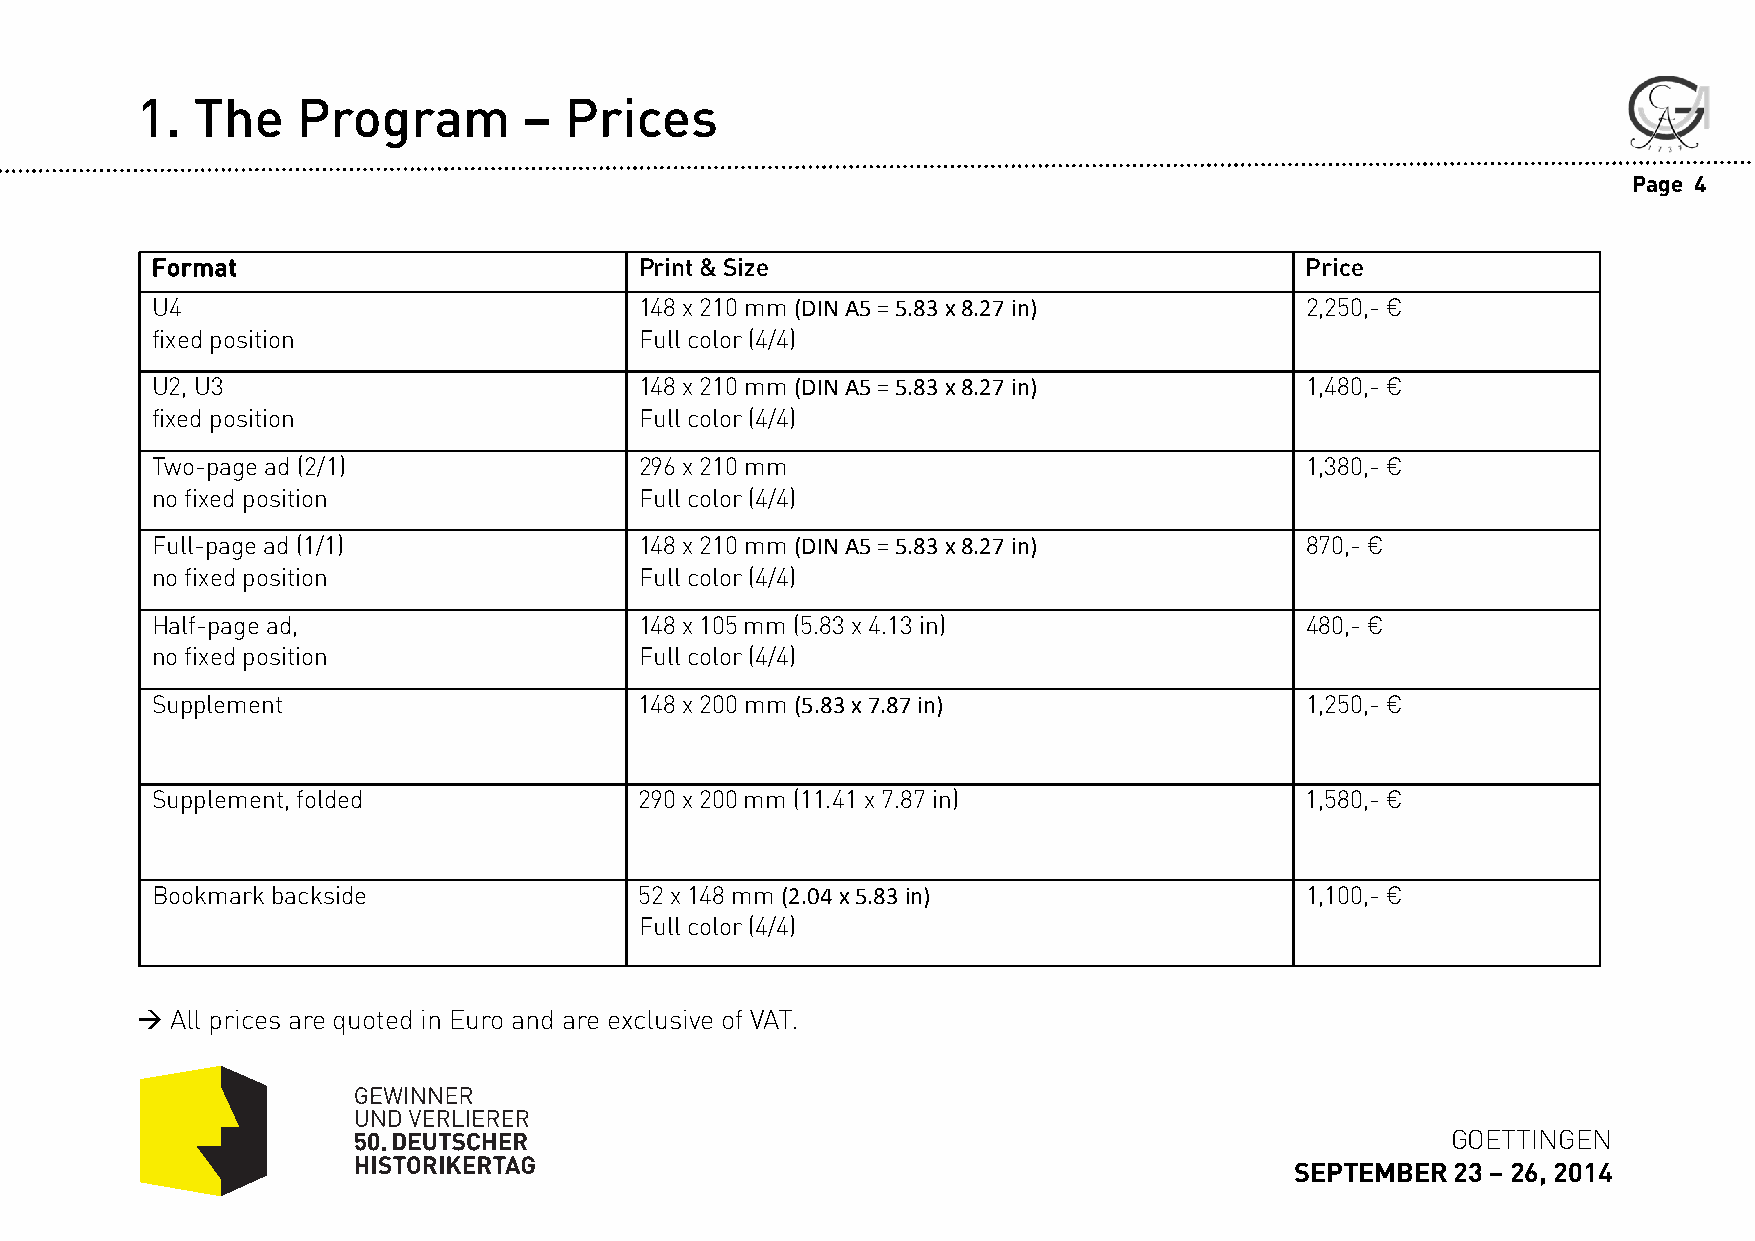
1.  The    Program        – Prices
 Page 4
 Format                          Print & Size                                Price
 U4                              148 x 210 mm (DIN A5 = 5.83 x 8.27 in)      2,250,-€
 fixed position                  Fullcolor (4/4)
 U2, U3                          148 x 210 mm (DIN A5 = 5.83 x 8.27 in)      1,480,-€
 fixed position                  Fullcolor (4/4)
 Two-pagead (2/1)                296 x 210 mm                                1,380,-€
 nofixed position                Fullcolor (4/4)
 Full-pagead(1/1)                148 x 210 mm (DIN A5 = 5.83 x 8.27 in)      870,-€
 nofixed position                Fullcolor (4/4)
 Half-page ad,                   148 x 105 mm (5.83 x 4.13 in)               480,-€
 nofixed position                Fullcolor (4/4)
 Supplement                      148 x 200 mm (5.83 x 7.87 in)               1,250,-€
 Supplement, folded              290 x 200 mm (11.41 x 7.87 in)              1,580,-€
 Bookmark backside               52 x 148 mm (2.04 x 5.83 in)                1,100,-€
 Fullcolor (4/4)
  All prices are quoted in Euro and are exclusive of VAT.
 GOETTINGEN
 SEPTEMBER 23 –26, 2014